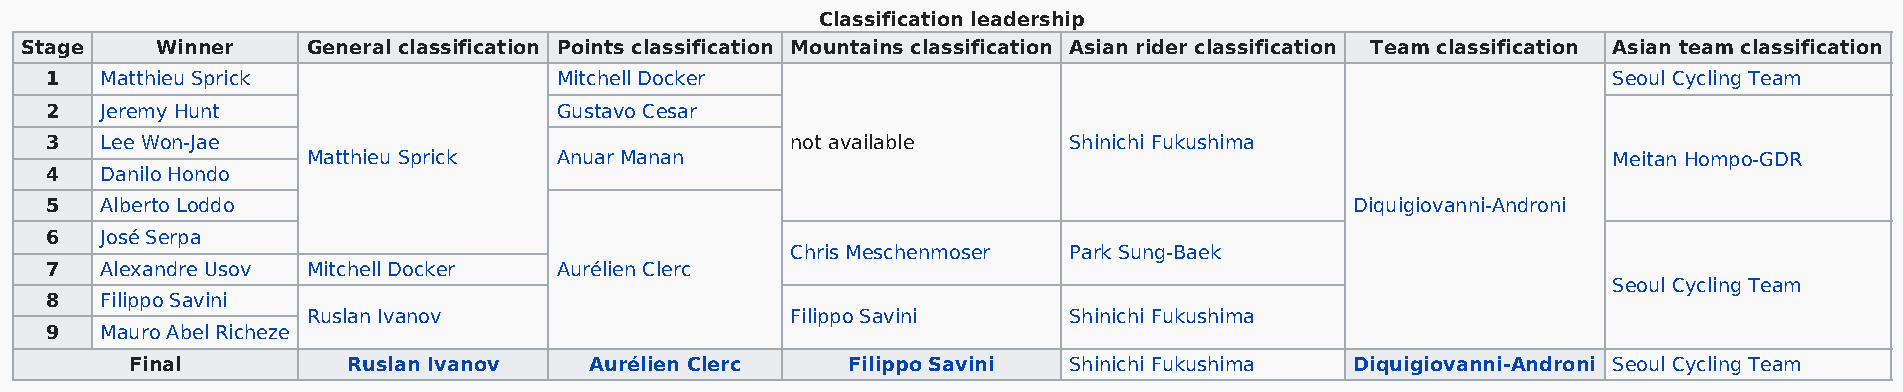
Classification leadership
 Stage    Winner    General classification Points classification Mountains classification Asian rider classification Team classification Asian team classification
 1   Matthieu Sprick               Mitchell Docker                                                       Seoul Cycling Team
 2   Jeremy Hunt                   Gustavo Cesar
 3   Lee Won-Jae                                  not available      Shinichi Fukushima
 Matthieu Sprick  Anuar Manan                                                           Meitan Hompo-GDR
 4   Danilo Hondo
 5   Alberto Loddo                                                                      Diquigiovanni-Androni
 6   José Serpa
 Chris Meschenmoser Park Sung-Baek
 7   Alexandre Usov Mitchell Docker Aurélien Clerc
 Seoul Cycling Team
 8   Filippo Savini
 Ruslan Ivanov                   Filippo Savini     Shinichi Fukushima
 9   Mauro Abel Richeze
 Final         Ruslan Ivanov   Aurélien Clerc   Filippo Savini Shinichi Fukushima Diquigiovanni-Androni Seoul Cycling Team